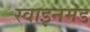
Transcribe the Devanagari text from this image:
स्वाइनमंड